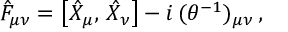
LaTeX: \hat { F } _ { \mu \nu } = \left[ \hat { X } _ { \mu } , \, \hat { X } _ { \nu } \right] - i \, ( \theta ^ { - 1 } ) _ { \mu \nu } \, ,